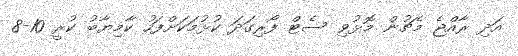
އަދި ރާއްޖެ މެޗުން މޮޅުވި ސެޓް ފޯރިގަދަ ކުޅުމަކަށްފަހު ކާމިޔާބު ކުރީ 10-8